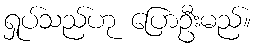
ရှုပ်သည်ဟု ပြောဦးမည်။